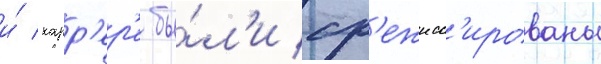
и́ карр'ер'е бы́л'и ср'ежисс'ированы